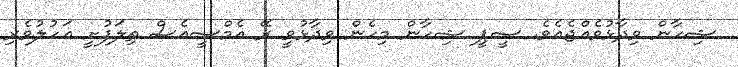
ޝިހާން ވިދާޅުވެއްޖެއެވެ. ސީޕީ ޝިހާން މިހެން ވިދާޅުވީ ރޭ އެމްސީއެސް ތިލަފުށީ އަހުލުވެރި